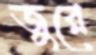
জুরে